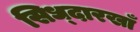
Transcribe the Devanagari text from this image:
सिध्दारखाँ